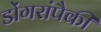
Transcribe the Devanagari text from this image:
डोंगरांपैकी